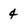
Character: 4